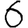
Digit: 6